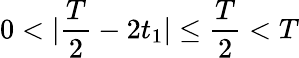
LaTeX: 0<|\frac{T}{2}-2t_{1}|\leq\frac{T}{2}<T